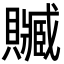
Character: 贓